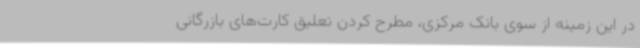
در این زمینه از سوی بانک مرکزی، مطرح کردن تعلیق کارت‌های بازرگانی